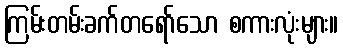
ကြမ်းတမ်းခက်တရော်သော စကားလုံးများ။